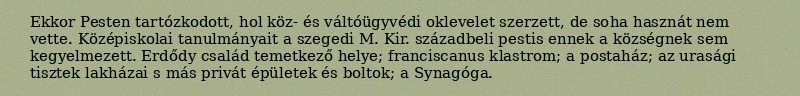
Ekkor Pesten tartózkodott, hol köz- és váltóügyvédi oklevelet szerzett, de soha hasznát nem vette. Középiskolai tanulmányait a szegedi M. Kir. századbeli pestis ennek a községnek sem kegyelmezett. Erdődy család temetkező helye; franciscanus klastrom; a postaház; az urasági tisztek lakházai s más privát épületek és boltok; a Synagóga.